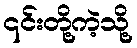
၎င်းတို့ကဲ့သို့